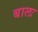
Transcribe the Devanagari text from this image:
बालः